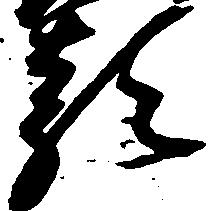
類